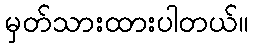
မှတ်သားထားပါတယ်။